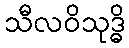
သီလဝိသုဒ္ဓိ